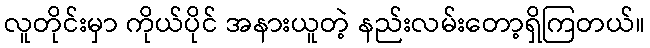
လူတိုင်းမှာ ကိုယ်ပိုင် အနားယူတဲ့ နည်းလမ်းတော့ရှိကြတယ်။